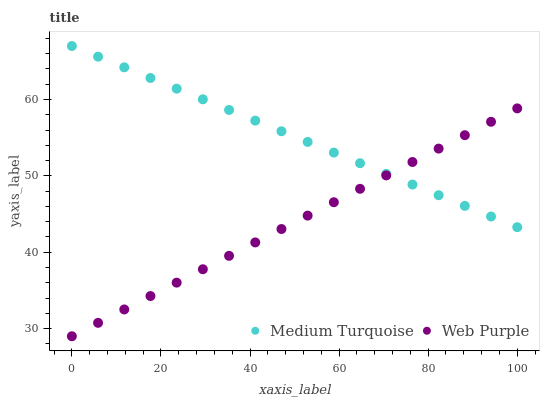
| xaxis_label | Medium Turquoise | Web Purple |
 | --- | --- | --- |
 | 0 | 67 | 29 |
 | 5.88 | 65.6 | 30.8 |
 | 11.8 | 64.2 | 32.5 |
 | 17.6 | 62.8 | 34.3 |
 | 23.5 | 61.4 | 36 |
 | 29.4 | 60 | 37.8 |
 | 35.3 | 58.6 | 39.5 |
 | 41.2 | 57.2 | 41.3 |
 | 47.1 | 55.8 | 43 |
 | 52.9 | 54.4 | 44.8 |
 | 58.8 | 53 | 46.5 |
 | 64.7 | 51.7 | 48.3 |
 | 70.6 | 50.3 | 50.1 |
 | 76.5 | 48.9 | 51.8 |
 | 82.4 | 47.5 | 53.6 |
 | 88.2 | 46.1 | 55.3 |
 | 94.1 | 44.7 | 57.1 |
 | 100 | 43.3 | 58.8 |